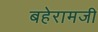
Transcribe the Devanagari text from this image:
बहेरामजी